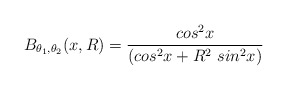
\begin{align*}B_{\theta_1,\theta_2}(x,R)=\frac{cos^2x}{(cos^2x+R^2~sin^2x)}\end{align*}